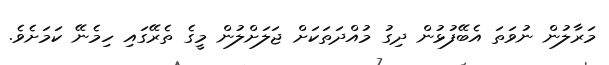
މަރާލުން ނުވަތަ އެބޭފުޅުން ދިގު މުއްދަތަކަށް ޖަލަށްލުން މީގެ ތެރޭގައި ހިމެނޭ ކަމަށެވެ.